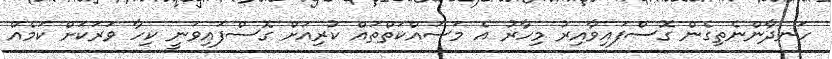
ހަނދާންނެތިގެން ގޮސްފައިވާއިރު މިހާރު އެ މަސައްކަތްތައް ކުރިއަށް ގޮސްފައިވަނީ ކިހާ ވަރަކަށް ކަމެއް